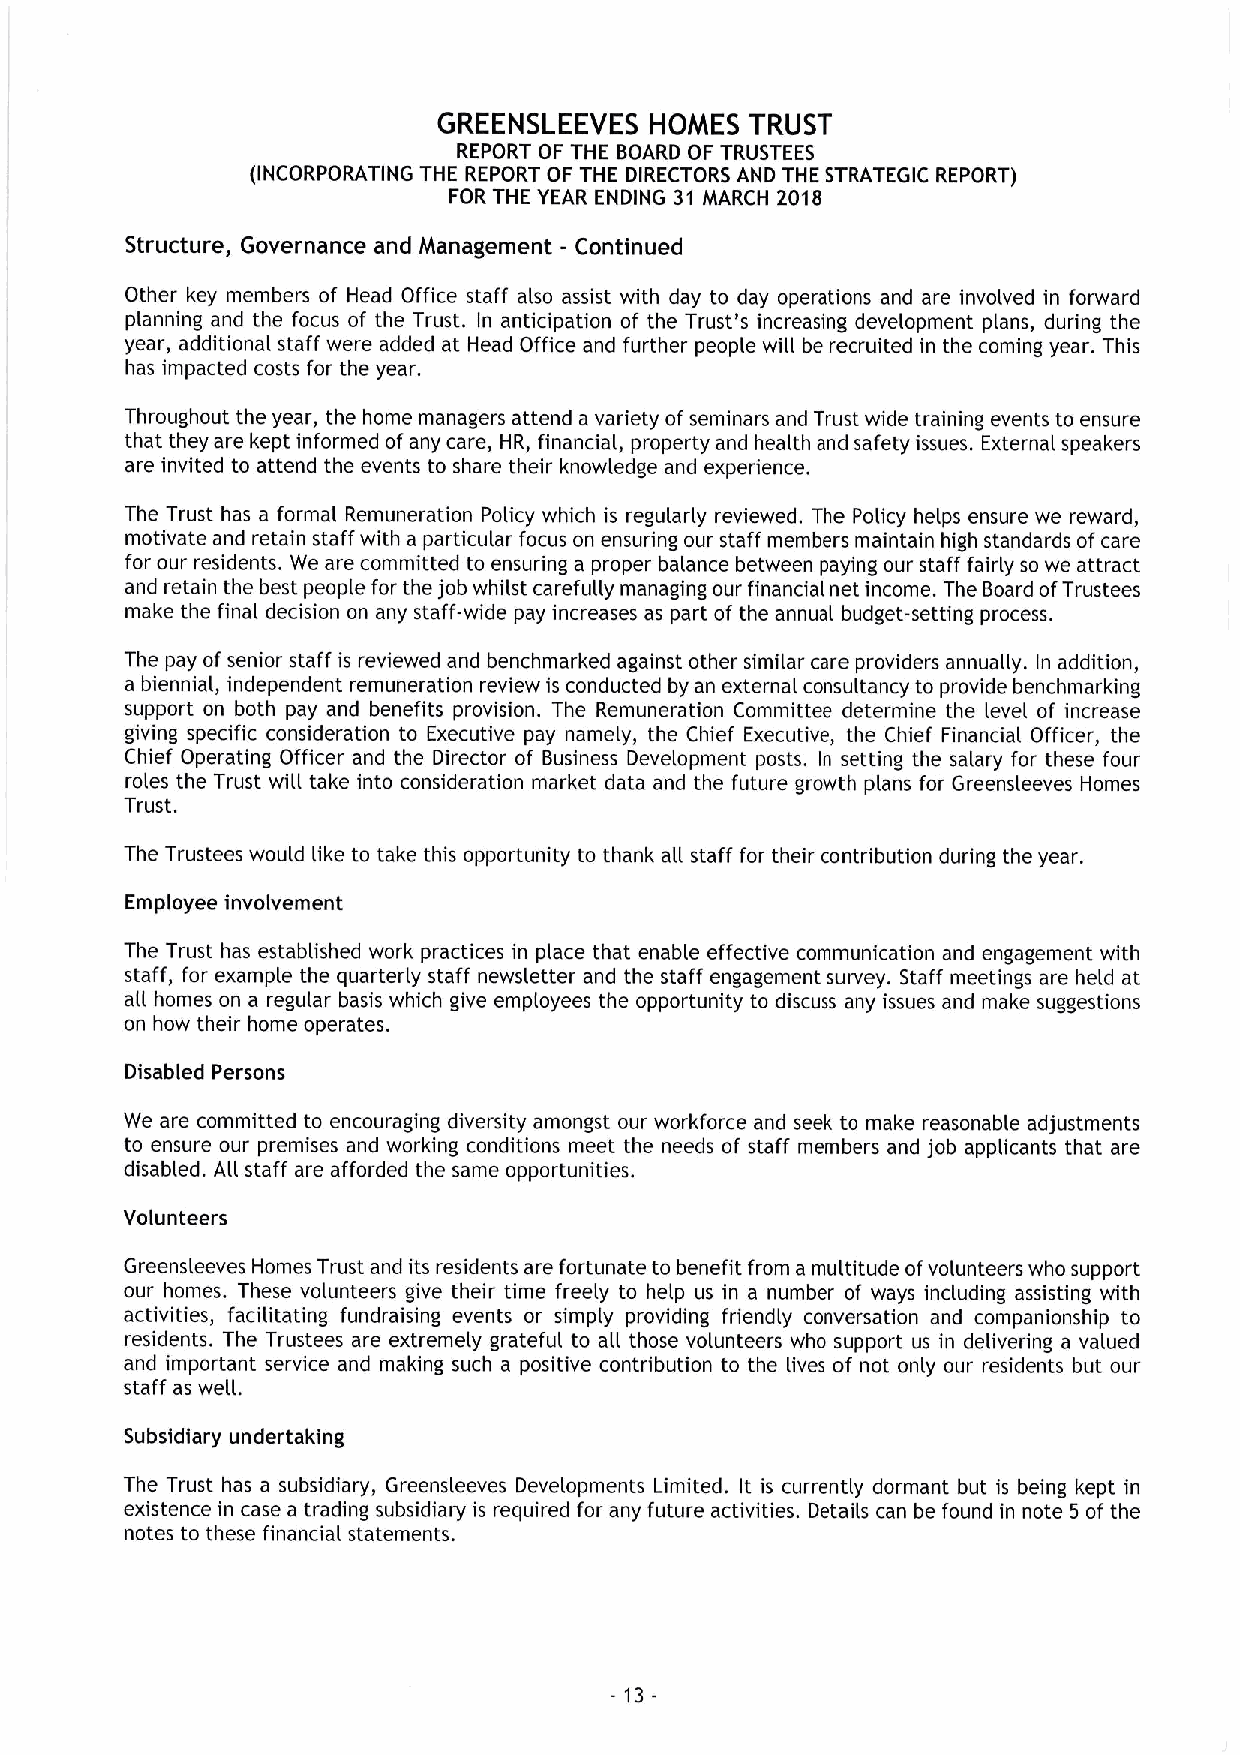
GREENSLEEVES  HOMES  TRUST
 REPORT OF THE BOARD OF TRUSTEES
 (INCORPORATING THE REPORT OF THE DIRECTORS AND THE STRATEGIC REPORT)
 FOR THE YEAR ENDING 31 MARCH 2018
 Structure, Governance and Management - Continued
 Other key members of Head Office staff also assist with day to day operations and are involved in forward
 planning and the focus of the Trust. In anticipation of the Trust's increasing development plans, during the
 year, additional staff were added at Head Office and further people will be recruited in the coming year. This
 has impacted costs for the year.
 Throughout the year, the home managers attend a variety ofseminars and Trust wide training events to ensure
 that they are kept informed ofany care, HR, financial, property and health and safety issues. External speakers
 are invited to attend the events to share their knowledge and experience.
 The Trust has a formal Remuneration Policy which is regularly reviewed. The Policy helps ensure we reward,
 motivate and retain staff with a particular focus on ensuring our staff members maintain high standards ofcare
 for our residents. We are committed to ensuring a proper balance between paying our staff fairly so we attract
 and retain the best people for the job whilst carefully managing our financial net income. The Board ofTrustees
 make the final decision on any staff-wide pay increases as part of the annual budget-setting process.
 The pay of senior staff is reviewed and benchmarked against other similar care providers annually. In addition,
 a biennial, independent remuneration review is conducted by an external consultancy to provide benchmarking
 support on both pay and benefits provision. The Remuneration Committee determine the level of increase
 giving specific consideration to Executive pay namely, the Chief Executive, the Chief Financial Officer, the
 Chief Operating Officer and the Director of Business Development posts. In setting the salary for these four
 roles the Trust will take into consideration market data and the future growth plans for Greensleeves Homes
 Trust.
 The Trustees would like to take this opportunity to thank all staff for their contribution during the year.
 Employee involvement
 The Trust has established work practices in place that enable effective communication and engagement with
 staff, for example the quarterly staff newsletter and the staff engagement survey. Staff meetings are held at
 ag homes on a regular basis which give employees the opportunity to discuss any issues and make suggestions
 on how their home operates.
 Disabled Persons
 We are committed to encouraging diversity amongst our workforce and seek to make reasonable adjustments
 to ensure our premises and working conditions meet the needs of staff members and job applicants that are
 disabled. All staff are afforded the same opportunities.
 Volunteers
 Greensleeves Homes Trust and its residents are fortunate to benefit from a multitude ofvolunteers who support
 our homes. These volunteers give their time freely to help us in a number of ways including assisting with
 activities, facilitating fundraising events or simply providing friendly conversation and companionship to
 residents. The Trustees are extremely grateful to ag those volunteers who support us in delivering a valued
 and important service and making such a positive contribution to the lives of not only our residents but our
 staff as well.
 Subsidiary undertaking
 The Trust has a subsidiary, Greensleeves Developments Limited. It is currently dormant but is being kept in
 existence in case a trading subsidiary is required for any future activities. Details can be found in note 5 of the
 notes to these financial statements.
 -13-